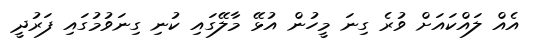
އެއް ލައްކައަށް ވުރެ ގިނަ މީހުން އުޅޭ މާލޭގައި ކުނި ގިނަވުމުގައި ފަރުދީ